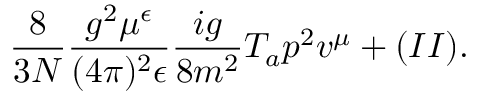
{ \frac { 8 } { 3 N } } { \frac { g ^ { 2 } \mu ^ { \epsilon } } { ( 4 \pi ) ^ { 2 } \epsilon } } { \frac { i g } { 8 m ^ { 2 } } } T _ { a } p ^ { 2 } v ^ { \mu } + ( I I ) .